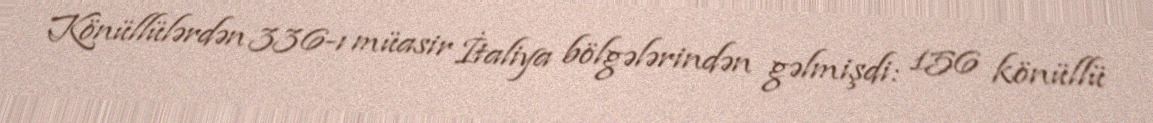
Könüllülərdən 336-ı müasir İtaliya bölgələrindən gəlmişdi: 156 könüllü